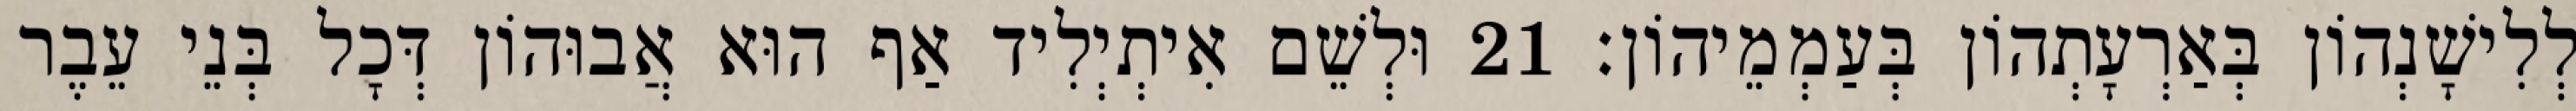
לְלִישָׁנְהוֹן בְּאַרְעָתְהוֹן בְּעַמְמֵיהוֹן׃ 21 וּלְשֵׁם אִיתְיְלִיד אַף הוּא אֲבוּהוֹן דְּכָל בְּנֵי עֵבֶר